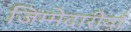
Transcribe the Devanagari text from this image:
जिम्मेदारीयाँ